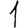
Digit: 1